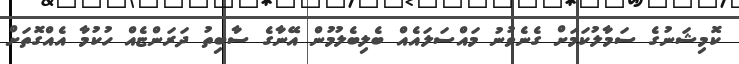
ކޮމިޝަނުގެ ސަމާލުކަމަށް ގެނެވުނު މައްސަލައެއް ބެލިބެލުމުން އޭނާގެ ސާބިތު ދަރަންޏެއް ހުކުމާ އެއްގޮތަށް